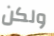
ولكن